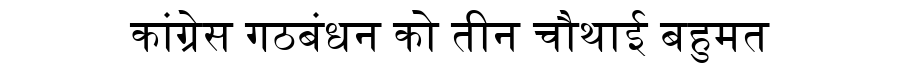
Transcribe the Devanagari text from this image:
कांग्रेस गठबंधन को तीन चौथाई बहुमत